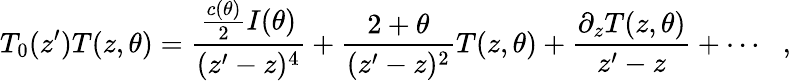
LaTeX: T_{0}(z^{\prime})T(z,\theta)=\frac{\frac{c(\theta)}{2}I(\theta)}{(z^{\prime}-z)^{4}}+\frac{2+\theta}{(z^{\prime}-z)^{2}}T(z,\theta)+\frac{\partial_{z}T(z,\theta)}{z^{\prime}-z}+\cdots\: \: \: ,